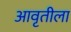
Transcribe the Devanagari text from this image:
आवृतीला